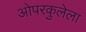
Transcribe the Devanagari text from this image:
ओपरकुलेला